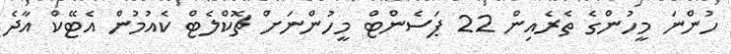
ހުންނަ މީހުންގެ ތެރެއިން 22 ޕަސެންޓް މީހުންނަށް ޗޮކްލެޓް ކެއުމުން އެޓޭކް އާދެ